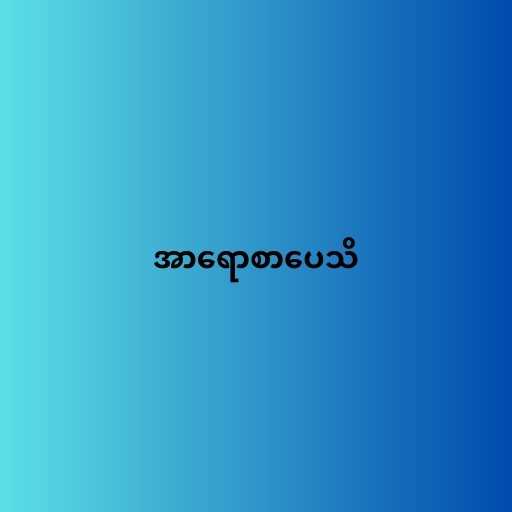
အာရောစာပေသိ